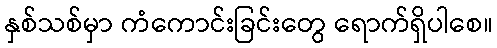
နှစ်သစ်မှာ ကံကောင်းခြင်းတွေ ရောက်ရှိပါစေ။